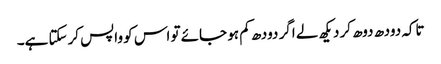
تاکہ دودھ دوھ کر دیکھ لے اگر دودھ کم ہو جائے تو اس کو واپس کرسکتا ہے۔